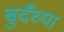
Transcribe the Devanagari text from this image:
बुदँच्या